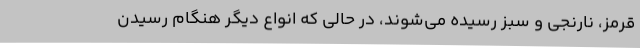
قرمز، نارنجی و سبز رسیده می‌شوند، در حالی که انواع دیگر هنگام رسیدن